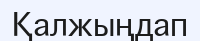
Қалжыңдап